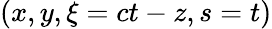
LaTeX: (x,y,\xi=ct-z,s=t)